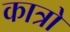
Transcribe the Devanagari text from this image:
कात्रो